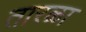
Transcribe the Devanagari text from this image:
तारळा